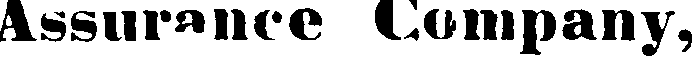
Assurance Company,